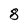
Character: 8